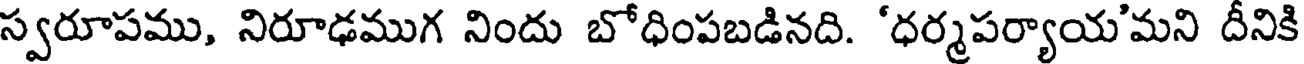
స్వరూపము, నిరూఢముగ నిందు బోధింపబడినది. 'ధర్మపర్యాయ'మని దీనికి